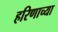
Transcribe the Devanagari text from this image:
हरिणाच्या